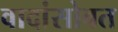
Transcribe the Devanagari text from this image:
वादांसोबत